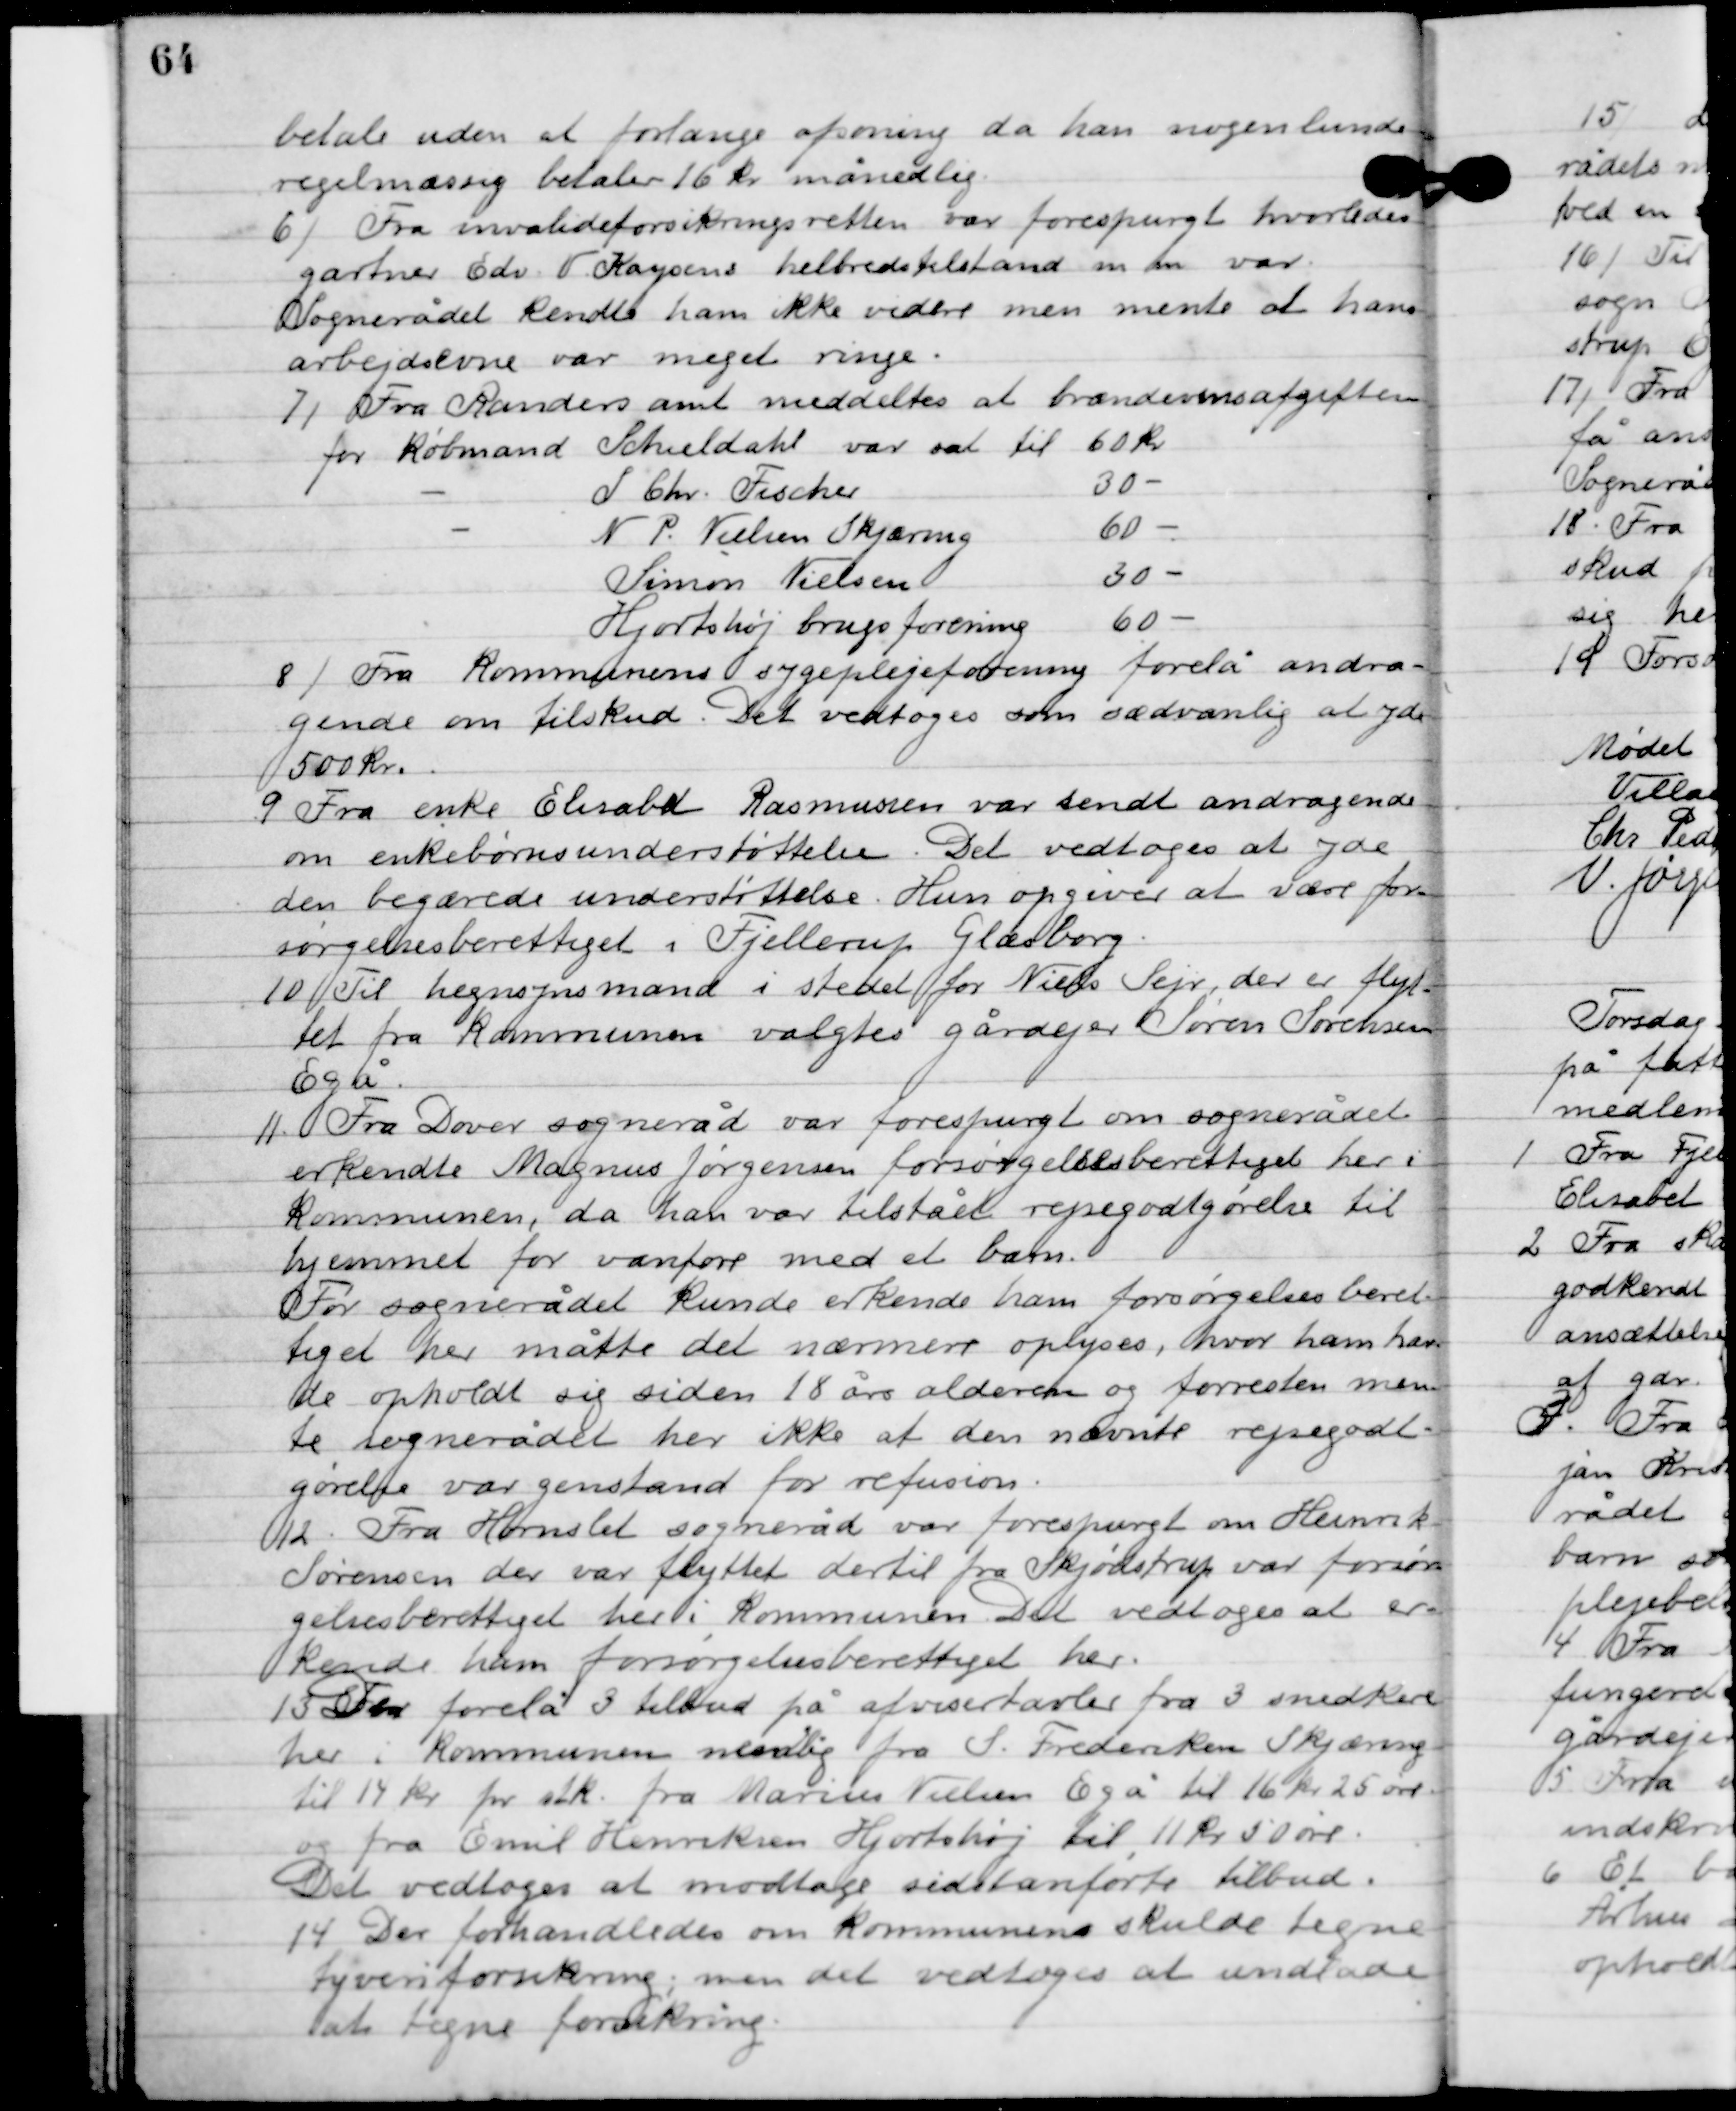
Transskription:
betale uden at forlange afsoning, da han nogenlunde
regelmæssig betaler 16 kr. månedlig.

6

Fra invalideforsikringsretten var forespurgt hvorledes
gartner Edv. V. Kaysens helbredstilstand m. m. var.
Sognerådet kendte ham ikke videre men mente at hans
arbejdsevne var meget ringe.

7

Fra Randers amt meddeltes at brændevinsafgiften 
for Købmand	Schieldahl var sat til	60 kr.
P. Chr. Fischer 30 -
N. P. Nielsen, Skjæring 60 -
Simon Nielsen 30 -
Hjortshøj brugsforening 60 -

8

Fra Kommunernes sygeplejeforening forelå andra-
gende om tilskud. Det vedtoges som sædvanlig at yde
500 kr.

9

Fra enke Elisabeth Rasmussen var sendt andragende 
om enkebørneunderstøttelse. Det vedtoges at yde 
dem begærede understøttelse. Hun opgiver at være for-
sørgelsesberettiget i Fjellerup Glesborg.

10

Til hegnsynsmand i stedet for Niels Sejr, der er flyt-
tet fra kommunen valgtes gårdejer Søren Sørensen 
Egå.

11.

fra Dover sogneråd var forespurgt om sognerådet
erkendte Magnus Jørgensen forsørgelsesberettiget her i
kommunen, da han var tilstået rejsegodtgørelse til
hjemmet for vandføre med et barn.
Før sognerådet kunde erkende ham forsørgelsesberet-
tiget her måtte det nærmere oplyses, hvor han hav-
de opholdt sig siden 18 års alderen og for resten men-
te sognerådet her ikke at den nævnte rejsegodt-
gørelse var genstand for refusion.

12

Fra Hornslet sogneråd var forespurgt om Henrik
Sørensen der var flyttet dertil fra Skjødstrup var forsør-
gelsesberettiget her i kommunen det vedtoges at er-
kende han forsørgelsesberettiget her.

13

Der forelå 3 tilbud på afvisertavler fra 3 snedkere
her i kommunen nemlig fra S. Frederiksen Skjæring
til 19 kr. pr. stk. fra Marius Nielsen Egå til 16 kr. 25 øre
og fra Emil Henriksen Hjortshøj til 11 kr. 50 øre.
Det vedtoges at modtage sidst anførte tilbud.

14

Der forhandledes om kommunens skulde tegne
tyveriforsikring; men det vedtoges at undlade
at tegne forsikring.